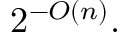
2 ^ { - O ( n ) } .